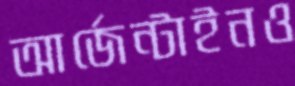
আর্জেন্টাইনও